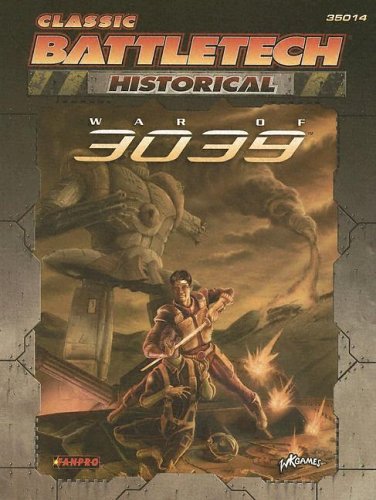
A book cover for Classic Battletech: Historicals War of 3039 (FPR35014); FanPro; Science Fiction & Fantasy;